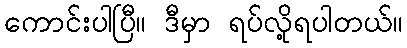
ကောင်းပါပြီ။ ဒီမှာ ရပ်လို့ရပါတယ်။